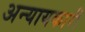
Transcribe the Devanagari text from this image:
अन्यायकारी